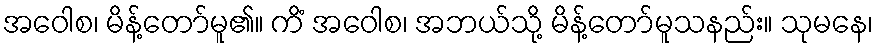
အဝေါစ၊ မိန့်တော်မူ၏။ ကိံ အဝေါစ၊ အဘယ်သို့ မိန့်တော်မူသနည်း။ သုမနေ၊